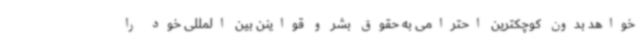
خواهد بدون کوچکترین احترامی به حقوق بشر و قواینن بین المللی خود را